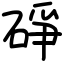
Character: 碀